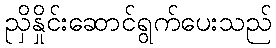
ညှိနှိုင်းဆောင်ရွက်ပေးသည်